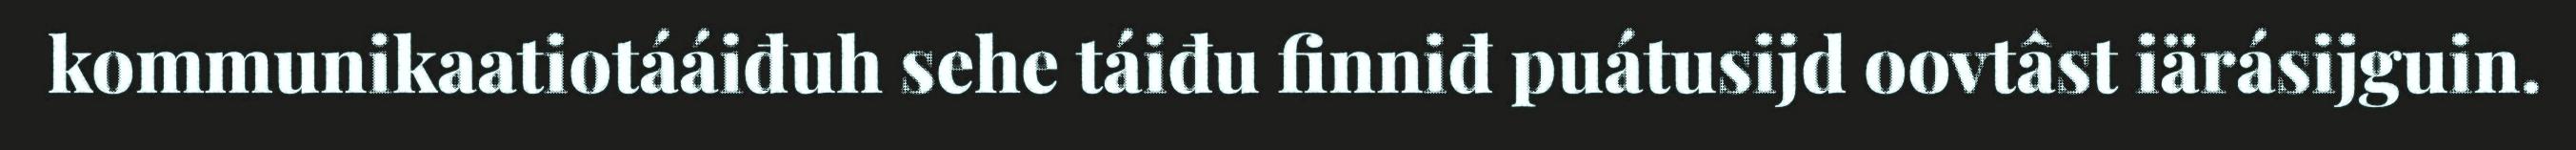
kommunikaatiotááiđuh sehe táiđu finniđ puátusijd oovtâst iärásijguin.